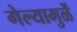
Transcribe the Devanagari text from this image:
गेल्यामुळें